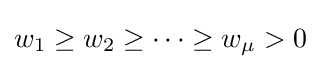
w_{1}\geq w_{2}\geq \dots \geq w_{\mu }>0